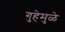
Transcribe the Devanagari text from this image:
गुहेमुळे